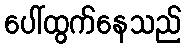
ပေါ်ထွက်နေသည်